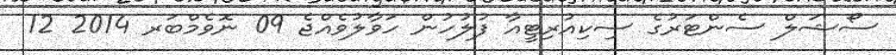
ސޯޝަލް ސެންޓަރުގެ ސިކިއުރިޓީއާ ފުލުހުން ހަވާލުވެއްޖެ 09 ނޮވެމްބަރ 2014 12